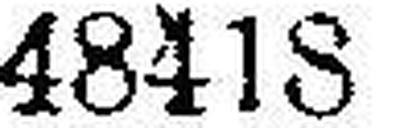
48418